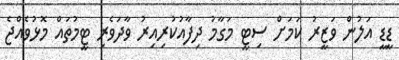
ޑީޑީ އަލުން ވަޒީރު ކަމަށް ސިޓީ މަގާމު ދިފާއުކުރިއިރު ވާދަވެރި ޓީމުތައް މޮޅުވެއްޖެ